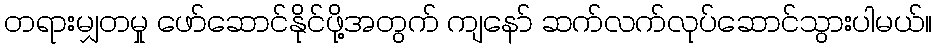
တရားမျှတမှု ဖော်ဆောင်နိုင်ဖို့အတွက် ကျနော် ဆက်လက်လုပ်ဆောင်သွားပါမယ်။